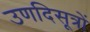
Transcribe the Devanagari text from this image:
उणदिसूत्रों